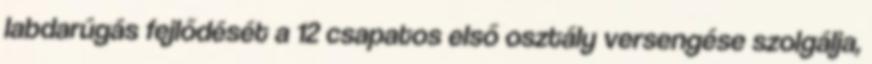
labdarúgás fejlődését a 12 csapatos első osztály versengése szolgálja,